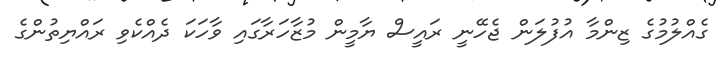
ގެއްލުމުގެ ޒިންމާ އުފުލަން ޖެހޭނީ ރައީސް ޔާމީން މުޒާހަރާގައި ވާހަކަ ދެއްކެވި ރައްޔިތުންގެ